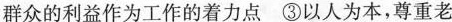
群众的利益作为工作的着力点 ③以人为本，尊重老